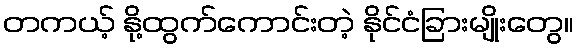
တကယ့် နို့ထွက်ကောင်းတဲ့ နိုင်ငံခြားမျိုးတွေ။